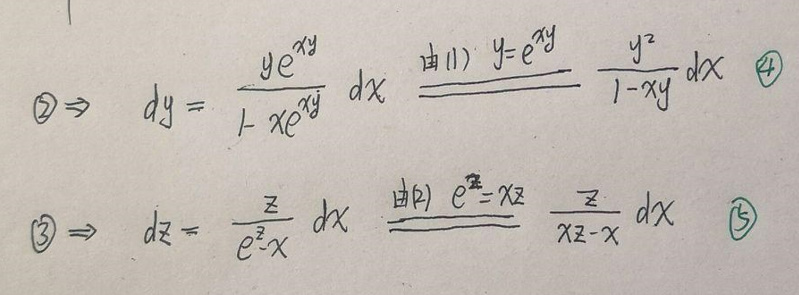
\[
\begin{align*}
\textcircled{2}\Rightarrow dy&=\frac{ye^{xy}}{1 - xe^{xy}}dx\quad\frac{\text{由(1)}:y = e^{xy}}{}\frac{y^{2}}{1 - xy}dx\quad\textcircled{4}\\
\textcircled{3}\Rightarrow dz&=\frac{z}{e^{z}-x}dx\quad\frac{\text{由(2)}:e^{z}=xz}{}\frac{z}{xz - x}dx\quad\textcircled{5}
\end{align*}
\]